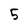
Character: 5